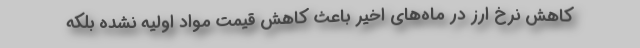
کاهش نرخ ارز در ماه‌های اخیر باعث کاهش قیمت مواد اولیه نشده بلکه